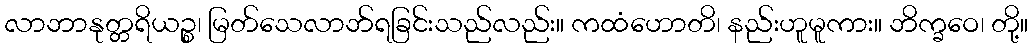
လာဘာနုတ္တရိယဉ္စ၊ မြတ်သေလာဘ်ရခြင်းသည်လည်း။ ကထံဟောတိ၊ နည်းဟူမူကား။ ဘိက္ခဝေ၊ တို့။